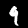
Label: 9